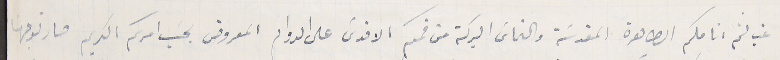
غب لثم انامكم الطاهرة المقدسَة والتماسَ البركة من فمكم الاقدسَ على الدوام المعروض بحسَب امركم الكريم صار توجهنا